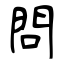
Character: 問